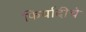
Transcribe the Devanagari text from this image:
फिर्यादीचे